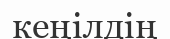
кеңілдің